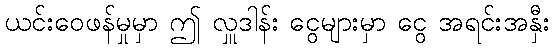
ယင်းဝေဖန်မှုမှာ ဤ လှူဒါန်း ငွေများမှာ ငွေ အရင်းအနှီး